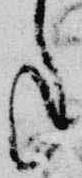
年